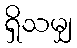
ရှိသမျှ